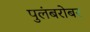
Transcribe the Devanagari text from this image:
पुलंबरोबर